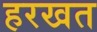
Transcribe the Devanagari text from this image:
हरखत